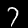
Label: 7